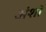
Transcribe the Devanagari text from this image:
अंशॉ